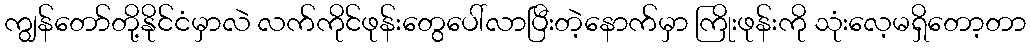
ကျွန်တော်တို့နိုင်ငံမှာလဲ လက်ကိုင်ဖုန်းတွေပေါ်လာပြီးတဲ့နောက်မှာ ကြိုးဖုန်းကို သုံးလေ့မရှိတော့တာ